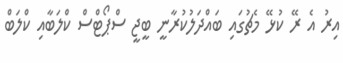
އިރު އެ ރޭ ކުޅޭ މެޗުގައި ބައްދަލުކުރާނީ ބީޖީ ސްޕޯޓްސް ކްލަބާއި ކްލަބް